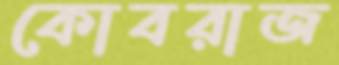
কোবরাজ